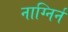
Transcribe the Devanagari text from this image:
नाग्निर्न